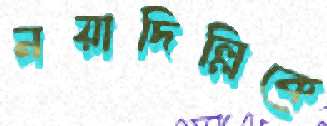
নয়াদিল্লিকে